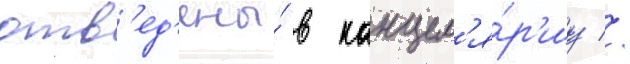
отв'ед'ены́ в канцел'я́р'иу //